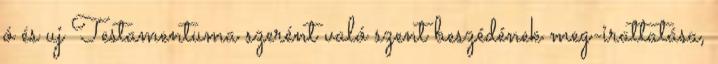
ó és uj Testamentuma szerént való szent beszédének meg-irattatása,